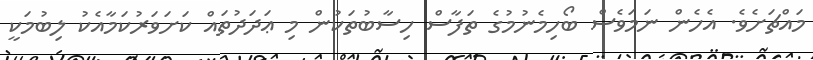
މައްޗަށެވެ. އެހެން ނަމަވެސް ބޯހިމެނުމުގެ ތަފާސް ހިސާބުތަކުން މި ޢަދަދުތައް ކަށަވަރުކަމާއެކު ލިބުމަކީ